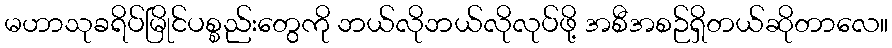
မဟာသုခရိပ်မြိုင်ပစ္စည်းတွေကို ဘယ်လိုဘယ်လိုလုပ်ဖို့ အစီအစဉ်ရှိတယ်ဆိုတာလေ။